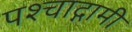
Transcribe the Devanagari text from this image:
पश्चाद्गामी